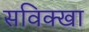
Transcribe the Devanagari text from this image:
सविक्खा